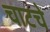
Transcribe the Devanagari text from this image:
चाटचे